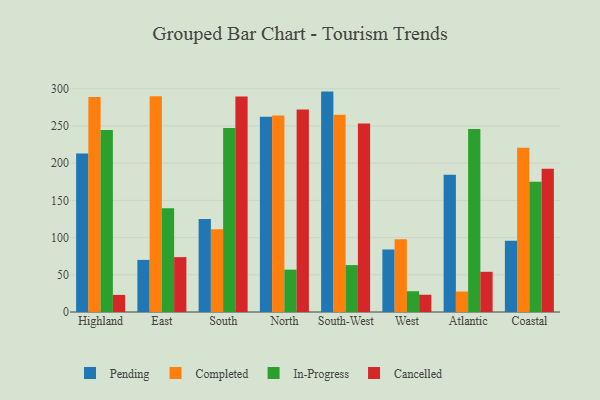
{"axis": {"x": "Region", "y": "Energy Usage (MWh)"}, "legend": ["Cancelled", "Completed", "In-Progress", "Pending"], "data": [{"x": "Highland", "y": 212.8, "type": "Pending"}, {"x": "Highland", "y": 288.8, "type": "Completed"}, {"x": "Highland", "y": 244.6, "type": "In-Progress"}, {"x": "Highland", "y": 23.0, "type": "Cancelled"}, {"x": "East", "y": 70.0, "type": "Pending"}, {"x": "East", "y": 289.7, "type": "Completed"}, {"x": "East", "y": 139.4, "type": "In-Progress"}, {"x": "East", "y": 73.7, "type": "Cancelled"}, {"x": "South", "y": 125.0, "type": "Pending"}, {"x": "South", "y": 111.2, "type": "Completed"}, {"x": "South", "y": 247.1, "type": "In-Progress"}, {"x": "South", "y": 289.4, "type": "Cancelled"}, {"x": "North", "y": 262.4, "type": "Pending"}, {"x": "North", "y": 264.1, "type": "Completed"}, {"x": "North", "y": 56.9, "type": "In-Progress"}, {"x": "North", "y": 271.9, "type": "Cancelled"}, {"x": "South-West", "y": 296.1, "type": "Pending"}, {"x": "South-West", "y": 265.1, "type": "Completed"}, {"x": "South-West", "y": 63.0, "type": "In-Progress"}, {"x": "South-West", "y": 253.4, "type": "Cancelled"}, {"x": "West", "y": 84.0, "type": "Pending"}, {"x": "West", "y": 97.6, "type": "Completed"}, {"x": "West", "y": 27.9, "type": "In-Progress"}, {"x": "West", "y": 23.2, "type": "Cancelled"}, {"x": "Atlantic", "y": 184.3, "type": "Pending"}, {"x": "Atlantic", "y": 27.5, "type": "Completed"}, {"x": "Atlantic", "y": 245.8, "type": "In-Progress"}, {"x": "Atlantic", "y": 54.0, "type": "Cancelled"}, {"x": "Coastal", "y": 95.7, "type": "Pending"}, {"x": "Coastal", "y": 220.5, "type": "Completed"}, {"x": "Coastal", "y": 175.0, "type": "In-Progress"}, {"x": "Coastal", "y": 192.5, "type": "Cancelled"}]}